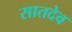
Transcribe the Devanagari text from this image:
सातदेव